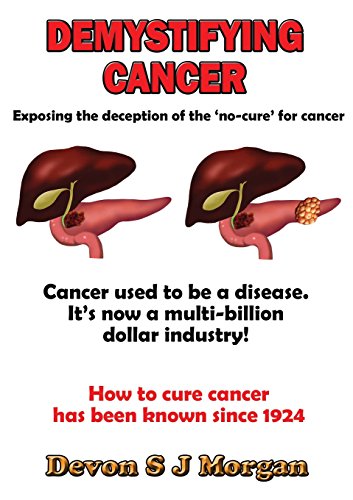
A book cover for Demystifying Cancer; Devon Morgan; Cookbooks, Food & Wine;